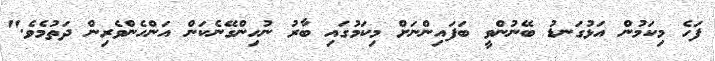
ފަހެ މިކަމުން އަޅުގަނޑު ބޭނުންވީ ބަފައިންނަށް މިކަމުގައި ބާރު ނުހިންގޭނެކަން އަންހެންވެރިން ދަތުމެވެ."